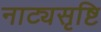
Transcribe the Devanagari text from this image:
नाट्यसृष्टि